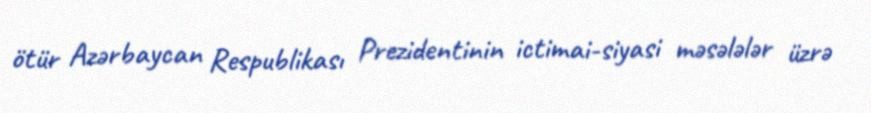
ötür Azərbaycan Respublikası Prezidentinin ictimai-siyasi məsələlər üzrə